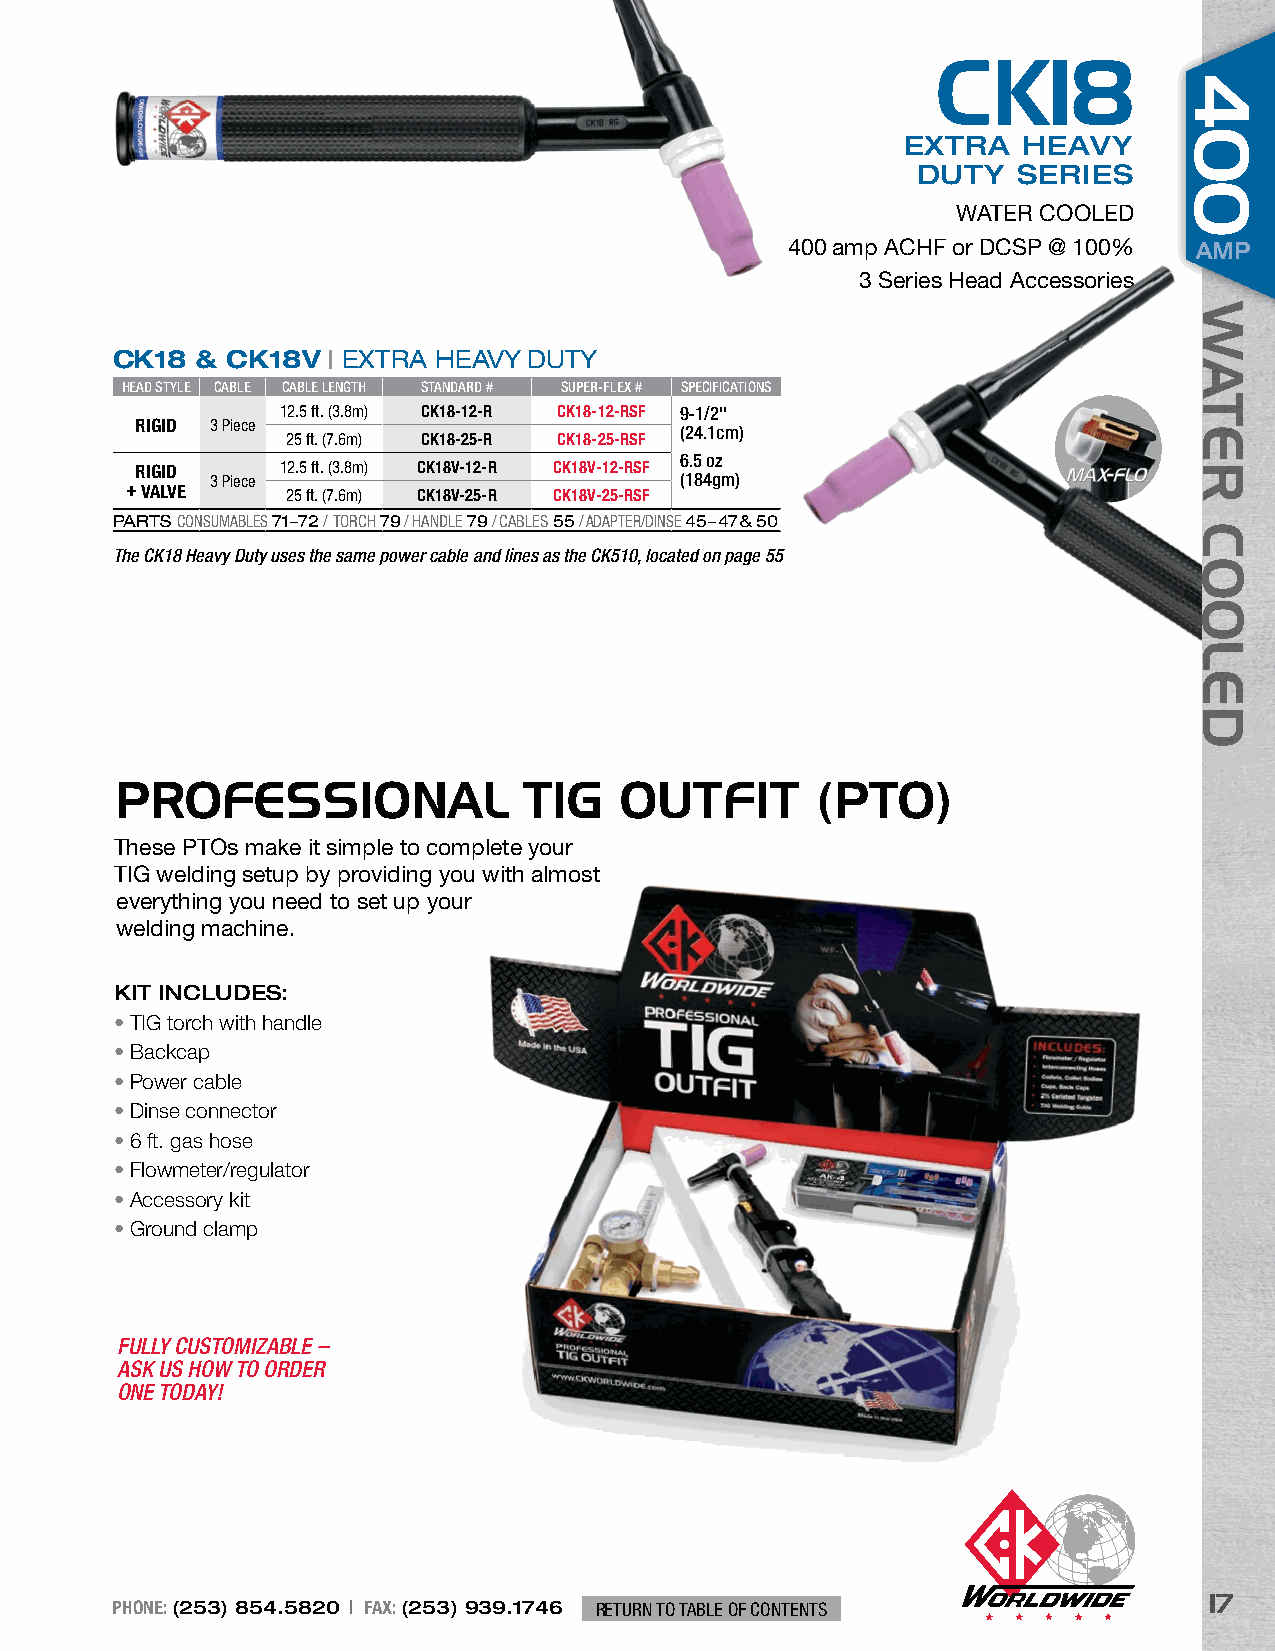
CK18
 EXTRA   HEAVY
 DUTY  SERIES
 WATER COOLED
 400 amp ACHF or DCSP @ 100% AMP
 3 Series Head Accessories
 CK18  & CK18V  | EXTRA HEAVY DUTY
 HEAD STYLE CABLE CABLE LENGTH STANDARD # SUPER-FLEX # SPECIFICATIONS
 12.5 ft. (3.8m) CK18-12-R CK18-12-RSF 9-1/2"
 RIGID 3 Piece
 (24.1cm)
 25 ft. (7.6m) CK18-25-R CK18-25-RSF
 6.5 oz
 RIGID     12.5 ft. (3.8m) CK18V-12-R CK18V-12-RSF
 3 Piece                        (184gm)
 + VALVE    25 ft. (7.6m) CK18V-25-R CK18V-25-RSF
 PARTS CONSUMABLES 71–72 / TORCH 79 / HANDLE 79 / CABLES 55 / ADAPTER/DINSE 45–47&50
 The CK18 Heavy Duty uses the same power cable and lines as the CK510, located on page 55
 PROFESSIONAL               TIG   OUTFIT       (PTO)
 These PTOs make it simple to complete your
 TIG welding setup by providing you with almost
 everything you need to set up your
 welding machine.
 KIT INCLUDES:
 • TIG torch with handle
 • Backcap
 • Power cable
 • Dinse connector
 • 6 ft. gas hose
 • Flowmeter/regulator
 • Accessory kit
 • Ground clamp
 FULLY CUSTOMIZABLE –
 ASK US HOW TO ORDER
 ONE TODAY!
 17
 PHONE: (253) 854.5820 | FAX: (253) 939.1746 RETURN TO TABLE OF CONTENTS
 400
 WATER
 COOLED